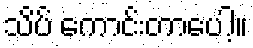
သိပ် ကောင်းတာပေါ့။